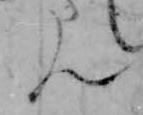
ん